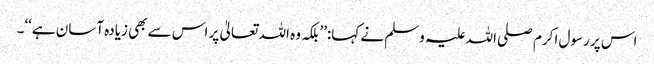
اس پر رسول اکرم صلی اللہ علیہ وسلم نے کہا:’’بلکہ وہ اللہ تعالیٰ پر اس سے بھی زیادہ آسان ہے‘‘۔